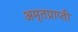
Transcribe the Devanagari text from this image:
अमृतप्राप्ती